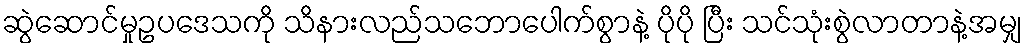
ဆွဲဆောင်မှုဥပဒေသကို သိနားလည်သဘောပေါက်စွာနဲ့ ပိုပို ပြီး သင်သုံးစွဲလာတာနဲ့အမျှ